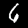
Label: 6